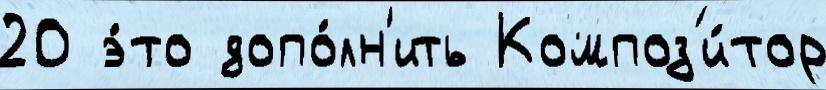
20 э́то допо́лн'ить Композ'и́тор